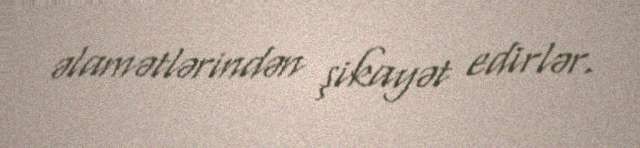
əlamətlərindən şikayət edirlər.